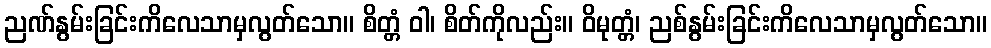
ညဏ်နွမ်းခြင်းကိလေသာမှလွတ်သော။ စိတ္တံ ဝါ၊ စိတ်ကိုလည်း။ ဝိမုတ္တံ၊ ညစ်နွမ်းခြင်းကိလေသာမှလွတ်သော။